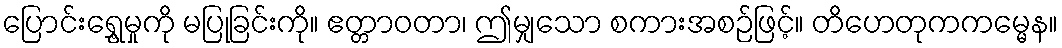
ပြောင်းရွှေ့မှုကို မပြုခြင်းကို။ ဧတ္တာဝတာ၊ ဤမျှသော စကားအစဉ်ဖြင့်။ တိဟေတုကကမ္မေန။